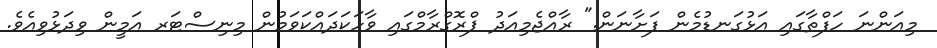
މިއަންނަ ހަފްތާގައި އަޅުގަނޑުމެން ފަށާނަން." ރާއްޖެމިއަދު ޕްރޮގްރާމްގައި ވާހަކަދައްކަވަމުން މިނިސްޓަރ އަމީން ވިދަޅުވިއެވެ.